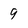
Character: 9